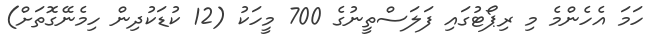
ހަމަ އެހެންމެ މި ރިޕޯޓުގައި ފަލަސްތީނުގެ 700 މީހަކު (12 ކުޑަކުދިން ހިމެނޭގޮތަށް)